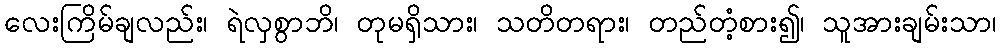
လေးကြိမ်ချလည်း၊ ရဲလှစွာဘိ၊ တုမရှိသား၊ သတိတရား၊ တည်တံ့စား၍၊ သူအားချမ်းသာ၊